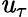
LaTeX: \mathit{u}_{\tau}